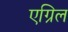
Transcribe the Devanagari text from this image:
एग्रिल